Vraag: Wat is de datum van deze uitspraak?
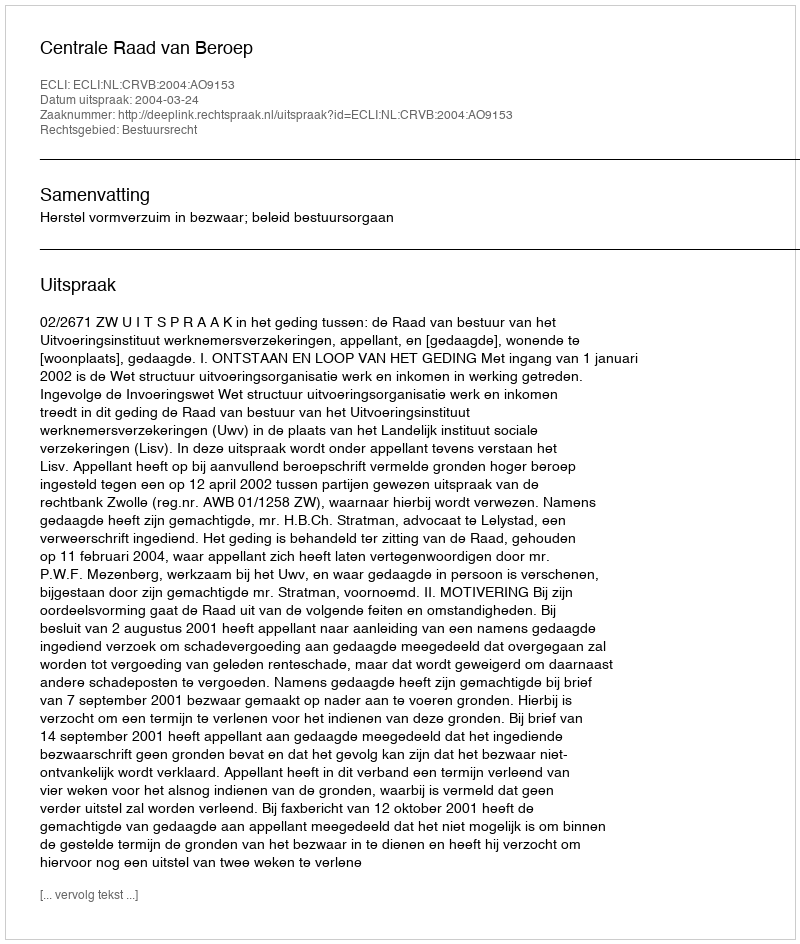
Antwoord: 2004-03-24